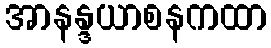
အာနန္ဒယာစနကထာ